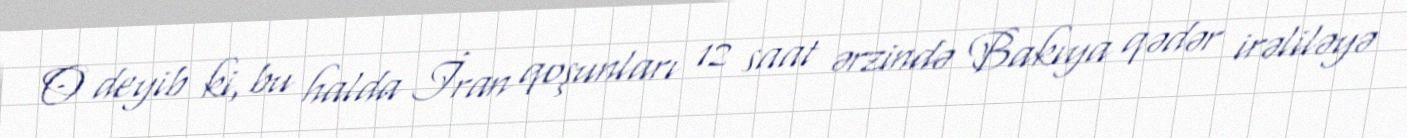
O deyib ki, bu halda İran qoşunları 12 saat ərzində Bakıya qədər irəliləyə